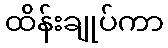
ထိန်းချုပ်ကာ